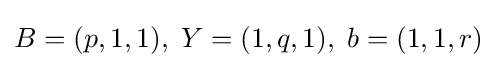
B=(p,1,1),\;Y=(1,q,1),\;b=(1,1,r)